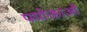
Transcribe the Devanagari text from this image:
पयोक्ताओं